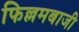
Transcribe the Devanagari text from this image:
फिल्लमबाजी